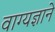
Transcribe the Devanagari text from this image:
वाग्यज्ञाने